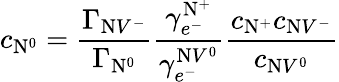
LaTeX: c_{\mathrm{N}^{0}}=\frac{\Gamma_{\mathrm{N}V^{-}}}{\Gamma_{\mathrm{N}^{0}}}\frac{\gamma_{e^{-}}^{\mathrm{N}^{+}}}{\gamma_{e^{-}}^{\mathrm{N}V^{0}}}\frac{c_{\mathrm{N}^{+}}c_{\mathrm{N}V^{-}}}{c_{\mathrm{N}V^{0}}}